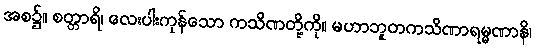
အစ၌။ စတ္တာရိ၊ လေးပါးကုန်သော ကသိဏတို့ကို။ မဟာဘူတကသိဏာရမ္မဏာနိ၊